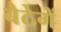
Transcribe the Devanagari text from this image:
बैठेगें